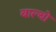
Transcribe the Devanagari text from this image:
बाल्बो